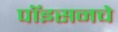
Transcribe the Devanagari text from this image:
पॉइसनचे